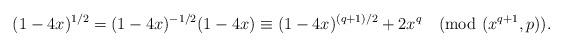
LaTeX: \begin{align*}(1-4x)^{1/2}=(1-4x)^{-1/2}(1-4x)\equiv(1-4x)^{(q+1)/2}+2x^q\pmod{(x^{q+1},p)}.\end{align*}